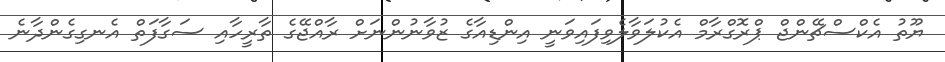
ޔޫތު އެކްސްޗޭންޖް ޕްރޮގްރާމް އެކުލަވާލެވިފައިވަނީ އިންޑިއާގެ ޒުވާނުންނަށް ރާއްޖޭގެ ތާރީހާއި ސަގާފަތް އެނގިގެންދާނެ